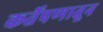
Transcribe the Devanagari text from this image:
कर्तेपणातून